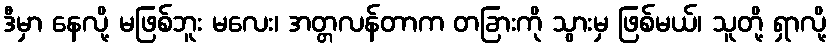
ဒီမှာ နေလို့ မဖြစ်ဘူး မလေး၊ အတ္တလန်တာက တခြားကို သွားမှ ဖြစ်မယ်၊ သူတို့ ရှာလို့